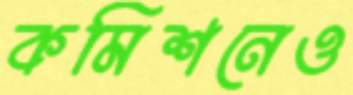
কমিশনেও